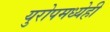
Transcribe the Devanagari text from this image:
युरोपमध्येही